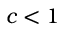
c < 1